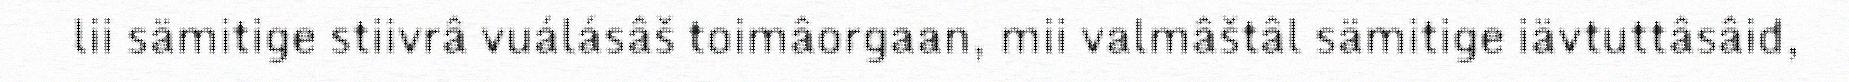
lii sämitige stiivrâ vuálásâš toimâorgaan, mii valmâštâl sämitige iävtuttâsâid,